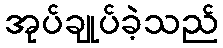
အုပ်ချုပ်ခဲ့သည်